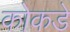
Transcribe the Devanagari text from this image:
कोकडे